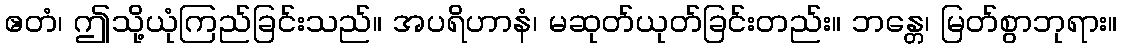
ဧတံ၊ ဤသို့ယုံကြည်ခြင်းသည်။ အပရိဟာနံ၊ မဆုတ်ယုတ်ခြင်းတည်း။ ဘန္တေ၊ မြတ်စွာဘုရား။